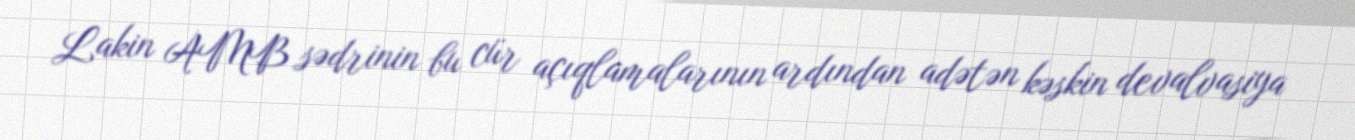
Lakin AMB sədrinin bu cür açıqlamalarının ardından adətən kəskin devalvasiya